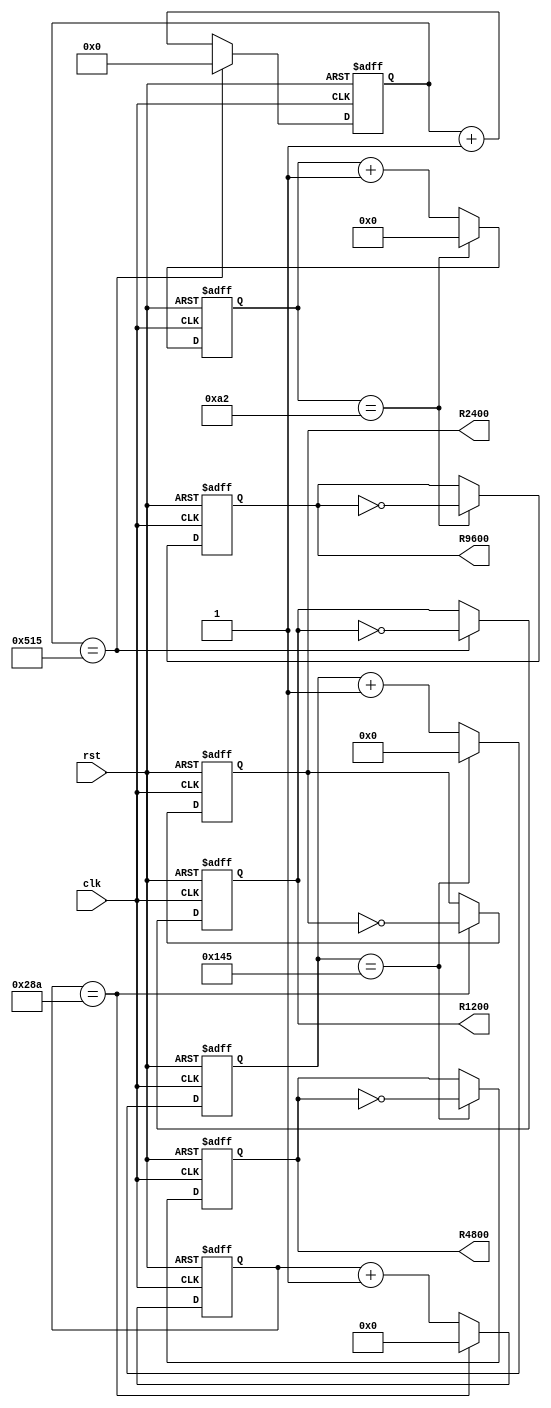

module RX_div (
   input clk,rst,

   output reg R9600,      //9600 baud rate
   output reg R2400,     //2400 baud rate
   output reg R4800,    //4800 baud rate
   output reg R1200    //1200 baud rate
);

reg [10:0] RQ1200; //Counter
reg  [9:0] RQ2400; //Counter
reg  [8:0] RQ4800; //Counter
reg  [7:0] RQ9600; //Counter

//9600
always @ (posedge(clk), posedge(rst))   // trig of reset event handeler 
begin
    if (rst == 1'b1) begin // resetting counter
        RQ9600  <= 8'b0; 
        R9600 <= 1'b0;
    end
    else begin
     if (RQ9600 == 8'd162) begin
     RQ9600  <= 8'b0; 
     R9600 <= ~R9600; 
        end 
        else begin
       RQ9600 <= RQ9600 + 8'd1;
        end
    end
end


//2400
always @ (posedge(clk), posedge(rst))   // trig of reset event handeler 
begin
    if (rst == 1'b1) begin // resetting counter
        RQ2400  <= 10'b0; 
        R2400 <= 1'b0;
    end
    else begin
     if (RQ2400 == 10'd650) begin
     RQ2400  <= 10'b0; 
     R2400 <= ~R2400; 
        end 
        else begin
       RQ2400 <= RQ2400 + 10'd1;
        end
    end
end


//4800
always @ (posedge(clk), posedge(rst))   // trig of reset event handeler 
begin
    if (rst == 1'b1) begin // resetting counter
        RQ4800  <= 9'b0; 
        R4800 <= 1'b0;
    end
    else begin
     if (RQ4800 == 9'd325) begin
     RQ4800  <= 9'b0; 
     R4800 <= ~R4800; 
        end 
        else begin
       RQ4800 <= RQ4800 + 9'd1;
        end
    end
end

//1200
always @ (posedge(clk), posedge(rst))   // trig of reset event handeler 
begin
    if (rst == 1'b1) begin // resetting counter
        RQ1200  <= 11'b0; 
        R1200 <= 1'b0;
    end
    else begin
     if (RQ1200 == 11'd1301) begin
     RQ1200  <= 11'b0; 
     R1200 <= ~R1200; 
        end 
        else begin
       RQ1200 <= RQ1200 + 11'd1;
        end
    end
end

endmodule